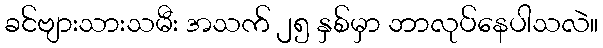
ခင်ဗျားသားသမီး အသက် ၂၅ နှစ်မှာ ဘာလုပ်နေပါသလဲ။